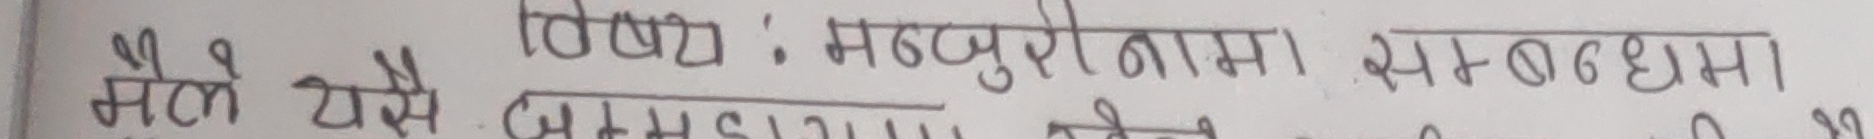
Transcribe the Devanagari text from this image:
मैले यस
विषय : मजदुरीको सम्बन्धमा ।